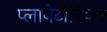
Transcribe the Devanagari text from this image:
प्लानेटोरियम